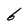
Character: b